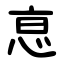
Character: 恴